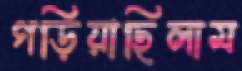
গড়িয়াছিলাম